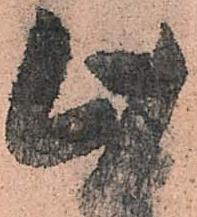
此